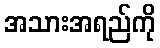
အသားအရည်ကို